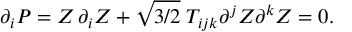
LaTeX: \partial _ { i } P = Z \, \partial _ { i } Z + \sqrt { 3 / 2 } \; T _ { i j k } \partial ^ { j } Z \partial ^ { k } Z = 0 .